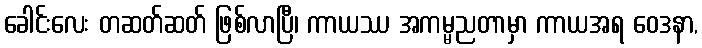
ခေါင်းလေး တဆတ်ဆတ် ဖြစ်လာပြီ၊ ကာယဿ အကမ္မညတာမှာ ကာယအရ ဝေဒနာ,